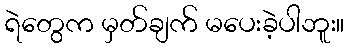
ရဲတွေက မှတ်ချက် မပေးခဲ့ပါဘူး။